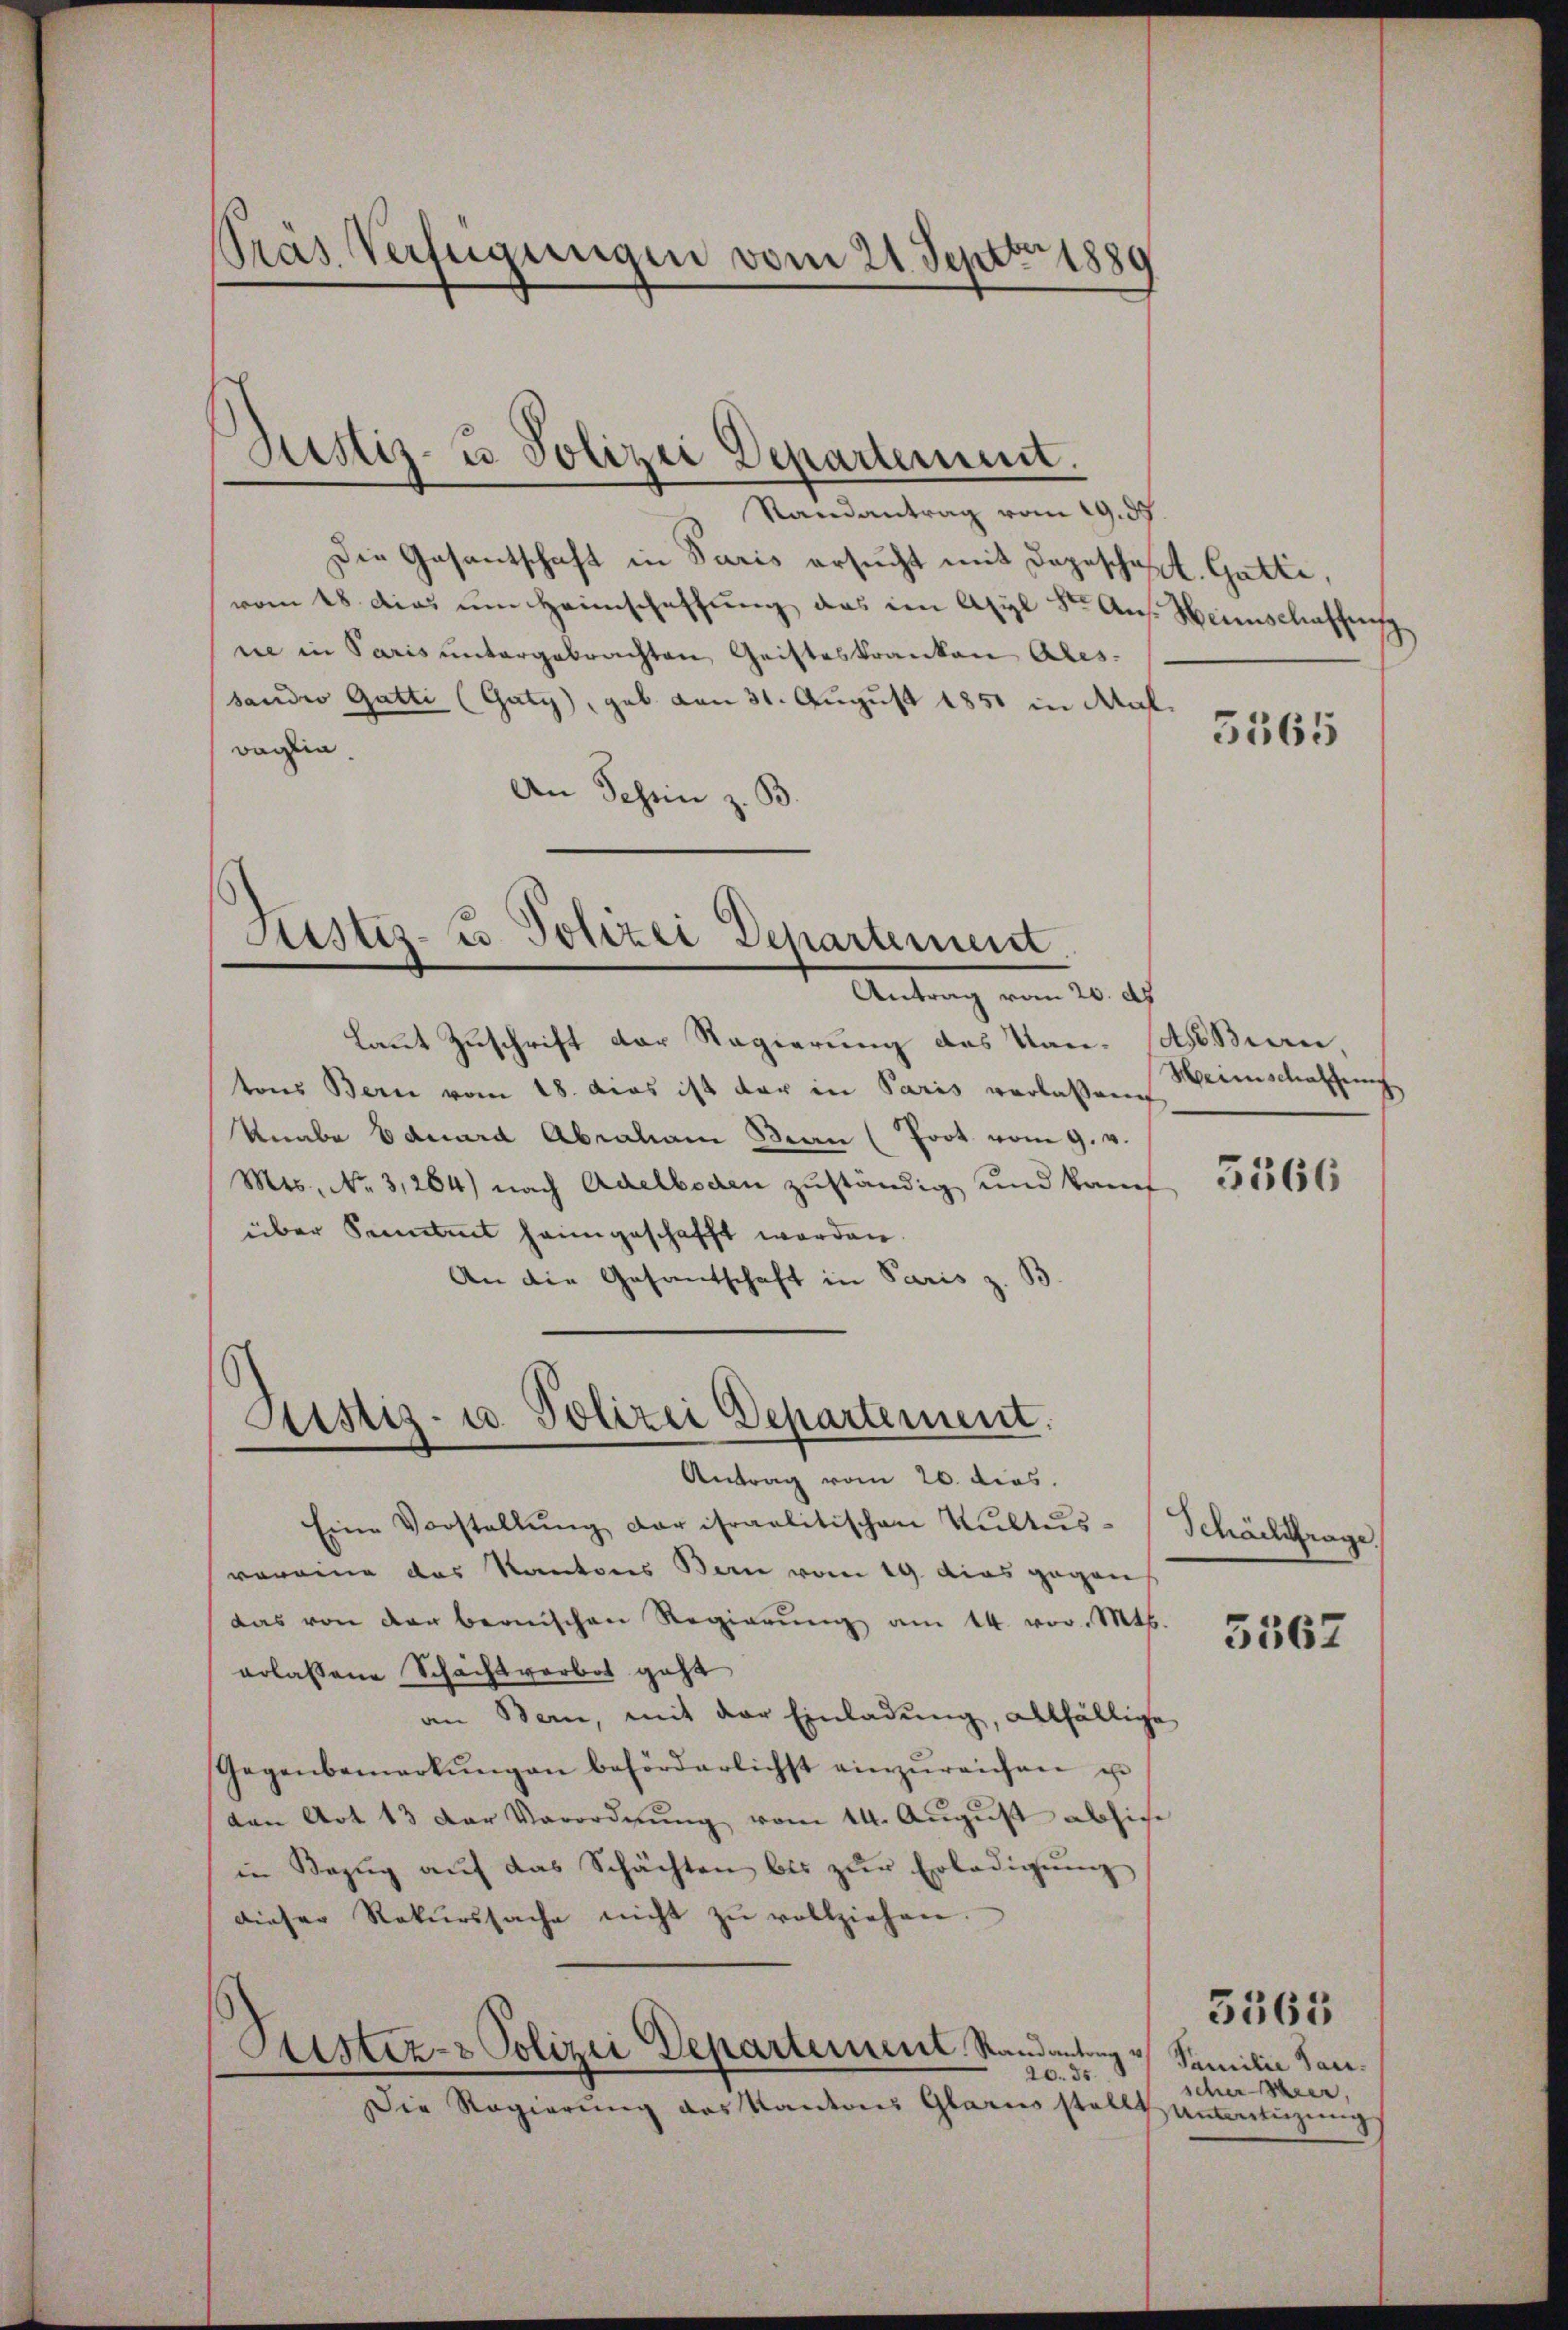
Randantrag vom 29. ds.
Die Gasantschaft in Paris ersucht mit dageschaft. Gatti,
vom 18. dies um Heimschaffung das im Asyl Str. Ans. Heimschaffung
ne in Paris untergebrachten Geisteskranken Ales.
sander Gatti (Gaty), geb. von 31. August 1851 in Mal.
Boglia.
An Schin z. B.

Pras Verfügungen vom 21. Septbr 1880

Justiz- u Polizei Departement.

Sistiz- u. Polizei Departement

Justiz- u. Polizei Departement.
Antrag vom 20. dies

Antrag vom 20. ds
Laut Zuschrift der Regierung des Van- ses Biern,
tons Bern vom 18. Das ist der in Paris verlassen
Knabe Eduard Abraham San (Poot vom 9. v.
Mts. No. 3264) nach Adelboden zuständig und kauf
über Sammt heimgeschafft worden.
An die Gesandschaft in Paris z. B
Eine Vorstellŭng der israelitischen Kultus-Schächfrage
voreine das Kantons Bern vom 19. dies gegen
das von der bernischen Regierŭng am 14. vor. Mts.
erlassene Schachtverbot geht
an Bern, mit der Einladŭng, allfällige
Gegenbemerkŭng an beförderlichst einzŭreichen u.
von Art 13 der Verordnŭng vom 14. August absiche
in Bezŭg aŭf das Schächten bis zŭr Erledigŭng
dieser Rekurssache nicht zŭ vollziehen.
1
Astiz- & Polizei Departement. Randantrag v
20. 85.
Die Regierung des Kantons Glarus stellt untertigung

3565

Heinschaffung

5366

3567

Familie San.
scher hier,

3365